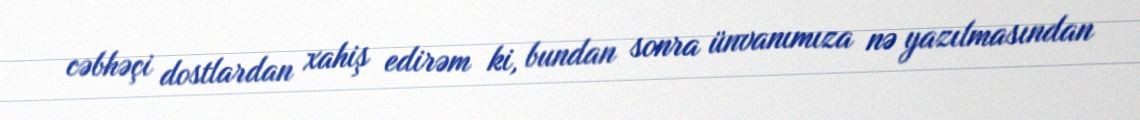
cəbhəçi dostlardan xahiş edirəm ki, bundan sonra ünvanımıza nə yazılmasından